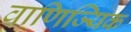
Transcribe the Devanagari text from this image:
वाणिज्यिक